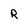
Character: R